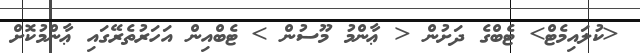
<ކުލައިމެޓް> ޓެބްގެ ދަށުން < ޢާންމު މޫސުން > ޓެބްއިން އަހަރުތެރޭގައި ޢާންމުކޮށް